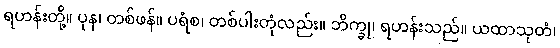
ရဟန်းတို့။ ပုန၊ တစ်ဖန်။ ပရံစ၊ တစ်ပါးတုံလည်း။ ဘိက္ခု၊ ရဟန်းသည်။ ယထာသုတံ၊